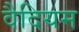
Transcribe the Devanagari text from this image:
वैदियम